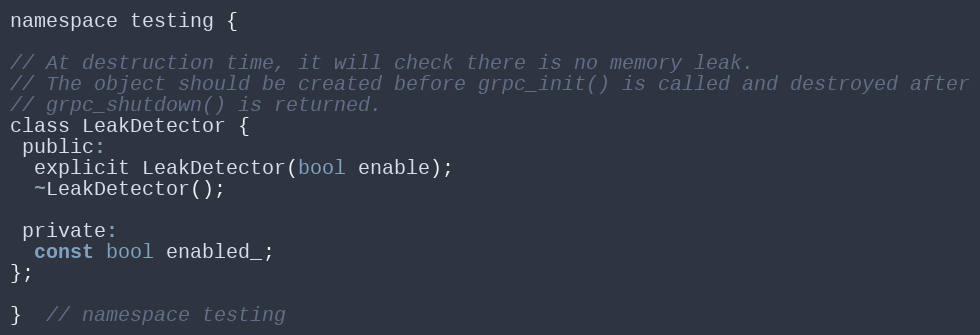
Language: C
namespace testing {

// At destruction time, it will check there is no memory leak.
// The object should be created before grpc_init() is called and destroyed after
// grpc_shutdown() is returned.
class LeakDetector {
 public:
  explicit LeakDetector(bool enable);
  ~LeakDetector();

 private:
  const bool enabled_;
};

}  // namespace testing